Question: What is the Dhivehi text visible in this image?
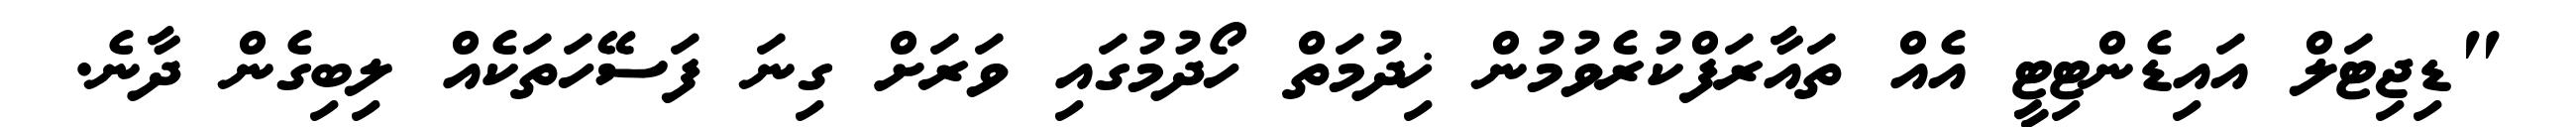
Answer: "ޑިޖިޓަލް އައިޑެންޓިޓީ އެއް ތައާރަފްކުރެވުމުން ޚިދުމަތް ހޯދުމުގައި ވަރަށް ގިނަ ފަސޭހަތަކެއް ލިބިގެން ދާނެ.